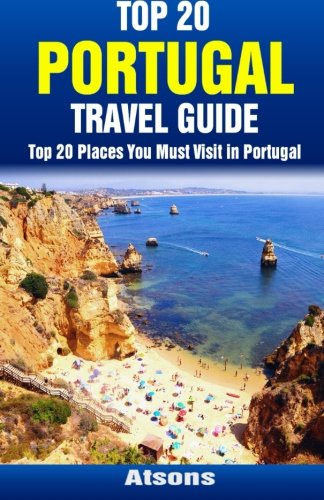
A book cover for Top 20 Places You Must Visit in Portugal - Top 20 Portugal Travel Guide; Atsons; Travel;